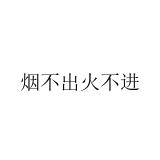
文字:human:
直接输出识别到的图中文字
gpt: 烟不出火不进